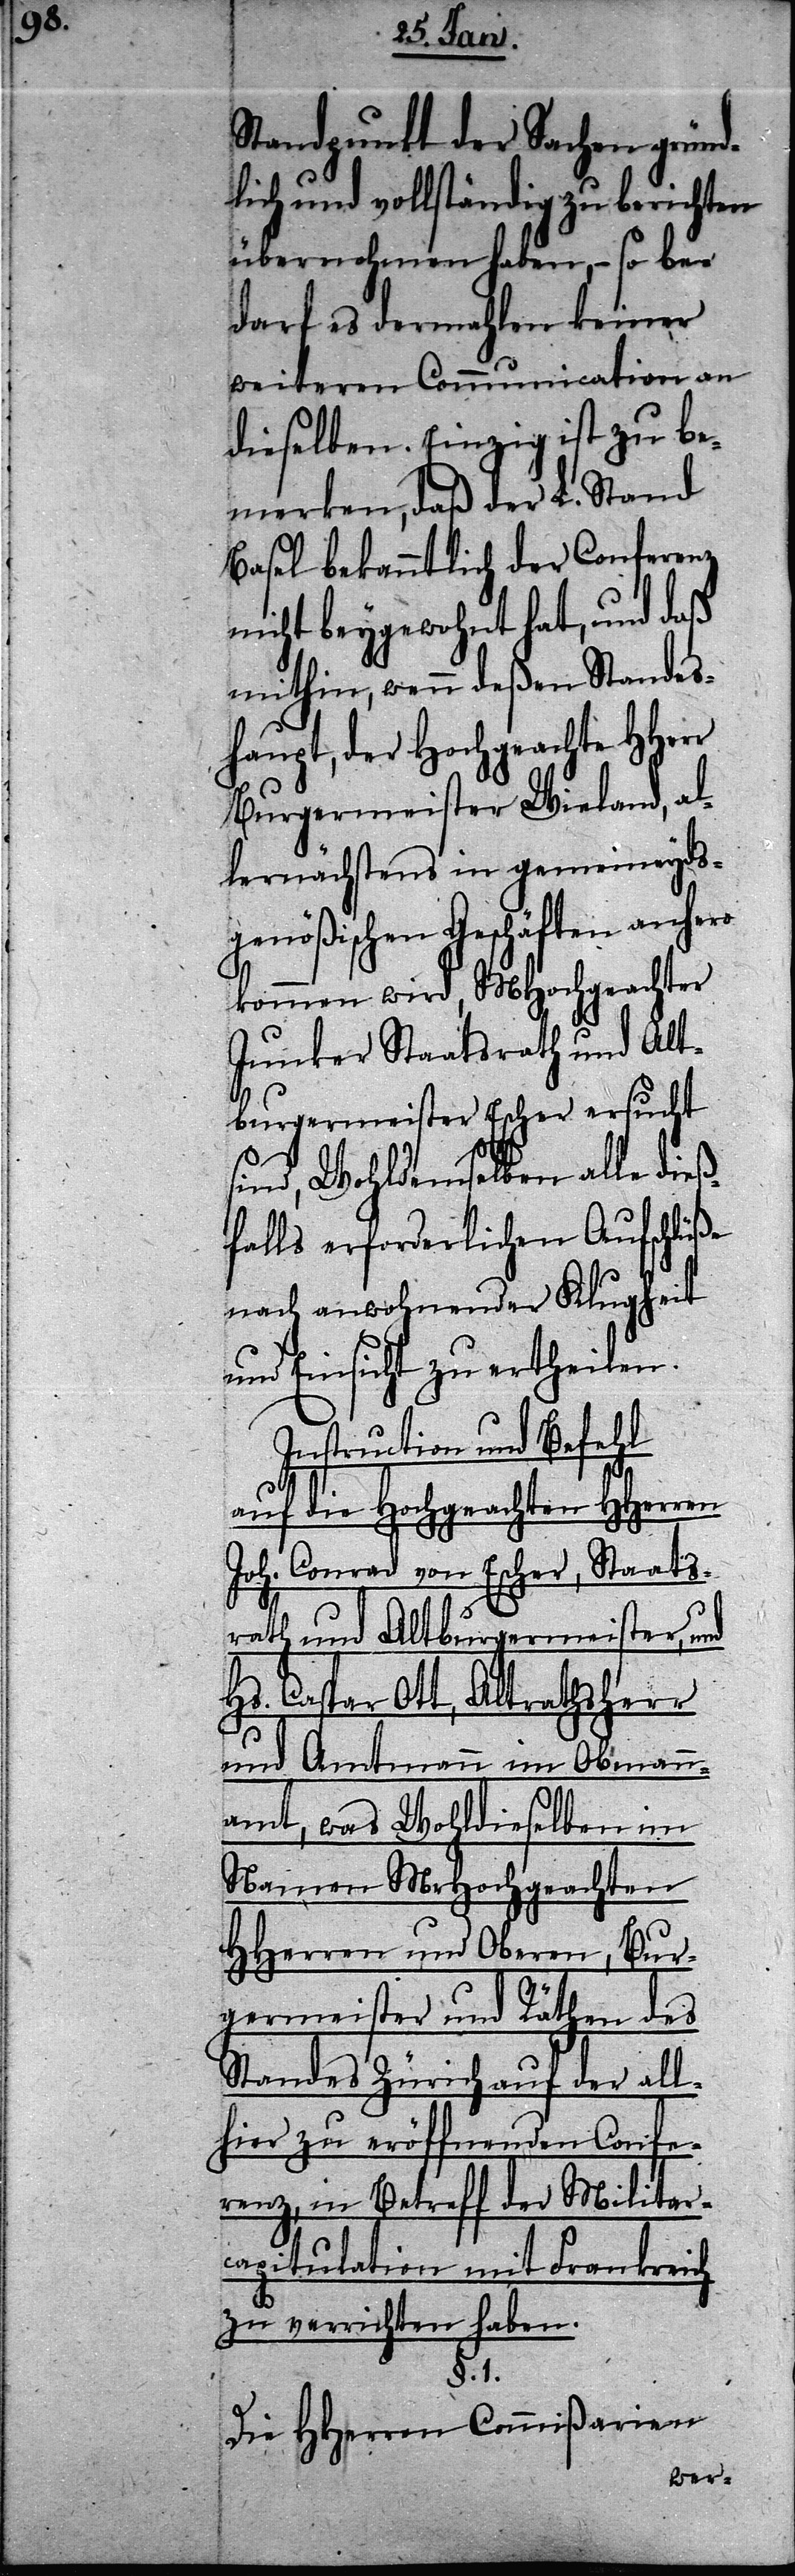
Standpunkt der Sachen gründ¬
lich und vollständig zu berichten
übernohmen haben, so be¬
darf es dermahlen keiner
weiteren Communication an
dieselben. Einzig ist zu be¬
merken, daß der L. Stand
Basel bekanntlich der Conferenz
nicht beygewohnt hat, und daß
mithin, wenn deßen Standes¬
haupt, der Hochgeachte HHerr
Burgermeister Wieland, al¬
lernächstens in gemeineyds¬
genößischen Geschäften anhero
kommen wird, MHochgeachter
Junker Staatsrath und Alt¬
burgermeister Escher ersucht
sind, Wohldemselben alle dieß¬
falls erforderlichen Aufschlüße
nach anwohnender Klugheit
und Einsicht zu ertheilen.
Instruction und Befehl
auf die Hochgeachten HHerren
Joh. Conrad von Escher, Staats¬
rath und Altburgermeister, und
Hs. Caspar Ott, Altrathsherr
und Amtmann im Obmann¬
amt, was Wohldieselben im
Namen MeHochgeachten
HHerren und Oberen, Bur¬
germeister und Räthen des
Standes Zürich auf der all¬
hier zu eröffnenden Confe¬
renz, in Betreff der Militar¬
capitulation mit Frankreich
zu verrichten haben.
§. 1.
Die HHerren Commißarien